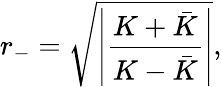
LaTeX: r_{-}=\sqrt{\left|\frac{K+\bar{K}}{K-\bar{K}}\right|},